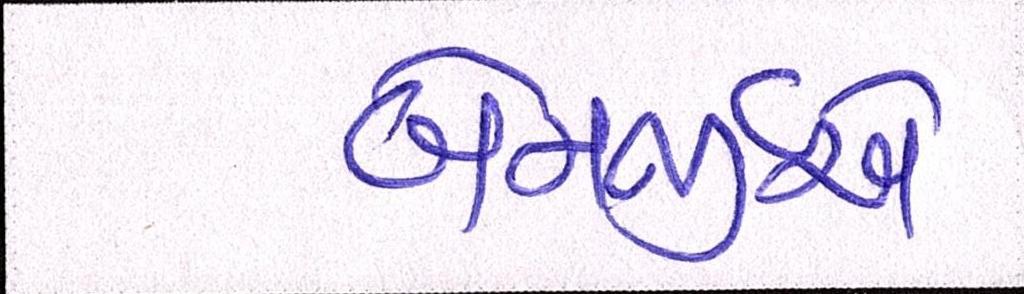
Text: બેનર્જીએ